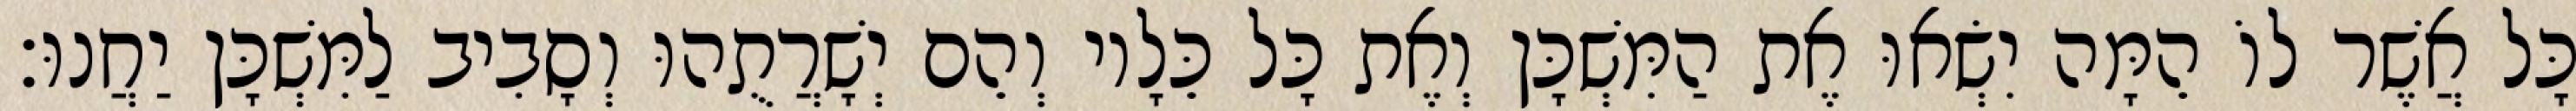
כָּל אֲשֶׁר לוֹ הֵמָּה יִשְׂאוּ אֶת הַמִּשְׁכָּן וְאֶת כָּל כֵּלָיו וְהֵם יְשָׁרֲתֻהוּ וְסָבִיב לַמִּשְׁכָּן יַחֲנוּ׃